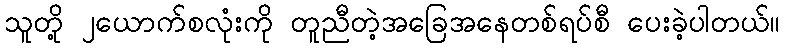
သူတို့ ၂ယောက်စလုံးကို တူညီတဲ့အခြေအနေတစ်ရပ်စီ ပေးခဲ့ပါတယ်။